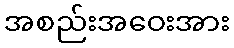
အစည်းအဝေးအား